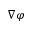
\nabla \varphi